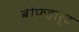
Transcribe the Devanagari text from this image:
बीफहार्ट